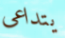
يتداعى